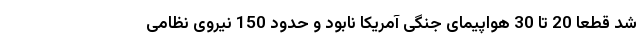
شد قطعا 20 تا 30 هواپیمای جنگی آمریکا نابود و حدود 150 نیروی نظامی